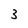
Character: 3